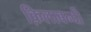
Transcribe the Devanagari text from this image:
क़िलाबन्दी